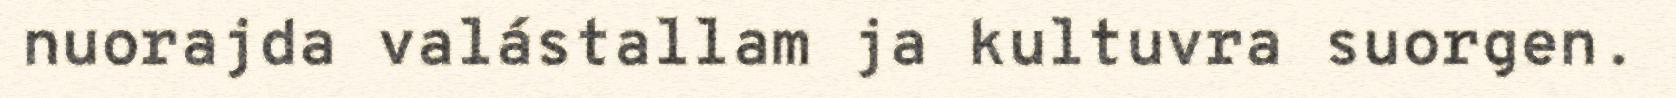
nuorajda valástallam ja kultuvra suorgen.